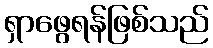
ရှာဖွေရန်ဖြစ်သည်